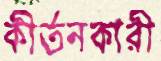
কীর্তনকারী